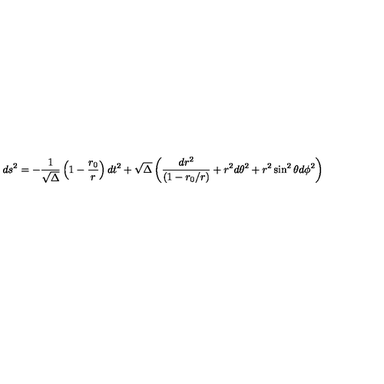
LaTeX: d s ^ { 2 } = - { \frac { 1 } { \sqrt \Delta } } \left( 1 - { \frac { r _ { 0 } } { r } } \right) d t ^ { 2 } + \sqrt \Delta \left( { \frac { d r ^ { 2 } } { ( 1 - r _ { 0 } / r ) } } + r ^ { 2 } d \theta ^ { 2 } + r ^ { 2 } \sin ^ { 2 } \theta d \phi ^ { 2 } \right)